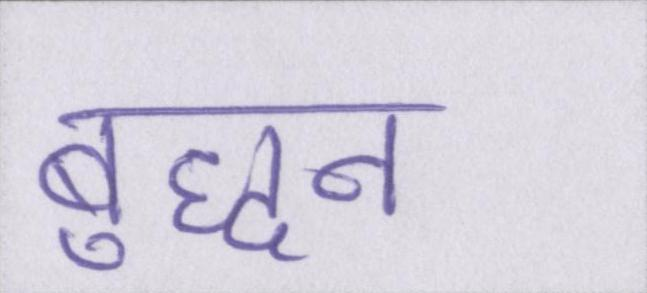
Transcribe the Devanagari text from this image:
बुद्धन